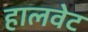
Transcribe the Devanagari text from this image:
हालवेट